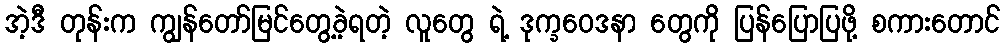
အဲ့ဒီ တုန်းက ကျွန်တော်မြင်တွေ့ခဲ့ရတဲ့ လူတွေ ရဲ့ ဒုက္ခဝေဒနာ တွေကို ပြန်ပြောပြဖို့ စကားတောင်